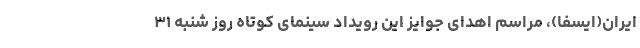
ایران(ایسفا)، مراسم اهدای جوایز این رویداد سینمای کوتاه روز شنبه ۳۱